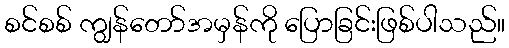
စင်စစ် ကျွန်တော်အမှန်ကို ပြောခြင်းဖြစ်ပါသည်။